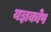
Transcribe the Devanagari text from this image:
यज्ञकोप